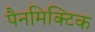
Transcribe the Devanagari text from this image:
पैनमिक्टिक